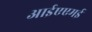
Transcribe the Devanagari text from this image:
आईएएमई